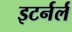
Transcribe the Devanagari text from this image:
इटर्नर्ल